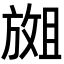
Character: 𫿇